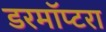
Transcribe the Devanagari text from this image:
डरमॉप्टरा